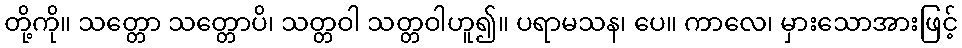
တို့ကို။ သတ္တော သတ္တောပိ၊ သတ္တဝါ သတ္တဝါဟူ၍။ ပရာမသန၊ ပေ။ ကာလေ၊ မှားသောအားဖြင့်